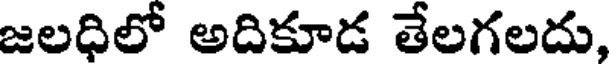
జలధిలో అదికూడ తేలగలదు,